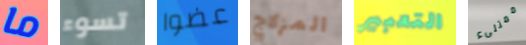
ما تسوء عضوا المزلاج التعبير ممتلىء